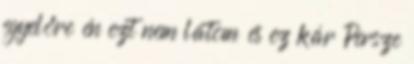
egyelőre én ezt nem látom és ez kár Persze